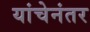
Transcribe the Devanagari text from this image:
यांचेनंतर